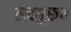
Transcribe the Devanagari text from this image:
सदगुरूच